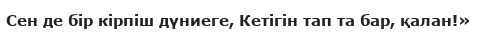
Сен де бір кірпіш дүниеге, Кетігін тап та бар, қалан!»